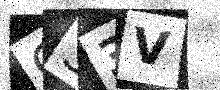
Text: G33V